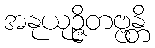
အနုယုဉ္ဇိတဗ္ဗန္တိ